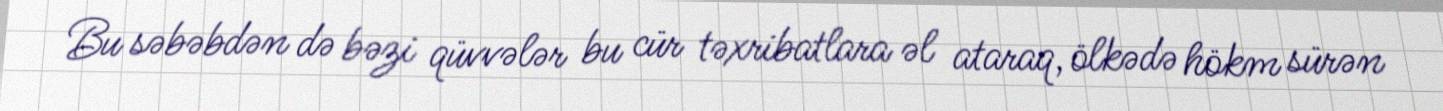
Bu səbəbdən də bəzi qüvvələr bu cür təxribatlara əl ataraq, ölkədə hökm sürən